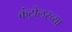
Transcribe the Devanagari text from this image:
कंट्रोलरच्या